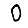
Digit: 0